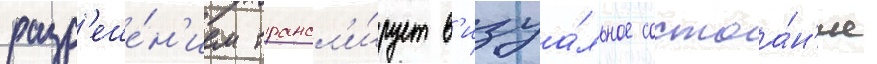
разр'еше́н'ием трансл'и́рует в'изуа́льное состоа́н'ие